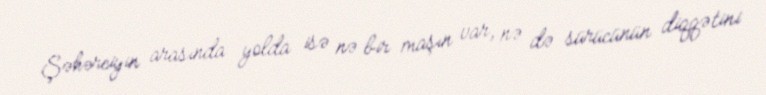
Şəhərciyin arasında yolda isə nə bir maşın var, nə də sürücünün diqqətini